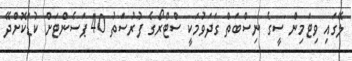
ލޭގައި ވިޓަމިން ސީގެ ނިސްބަތް ގަދަވުމަކީ ސްޓްރޯގެ ފުރުސަތު 40 ޕަސެންޓަށް ކުޑަކޮށްދޭ